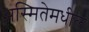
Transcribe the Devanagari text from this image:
अस्मितेमधील